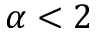
\alpha < 2